Scottish Leaving Certificate Examination, 1960
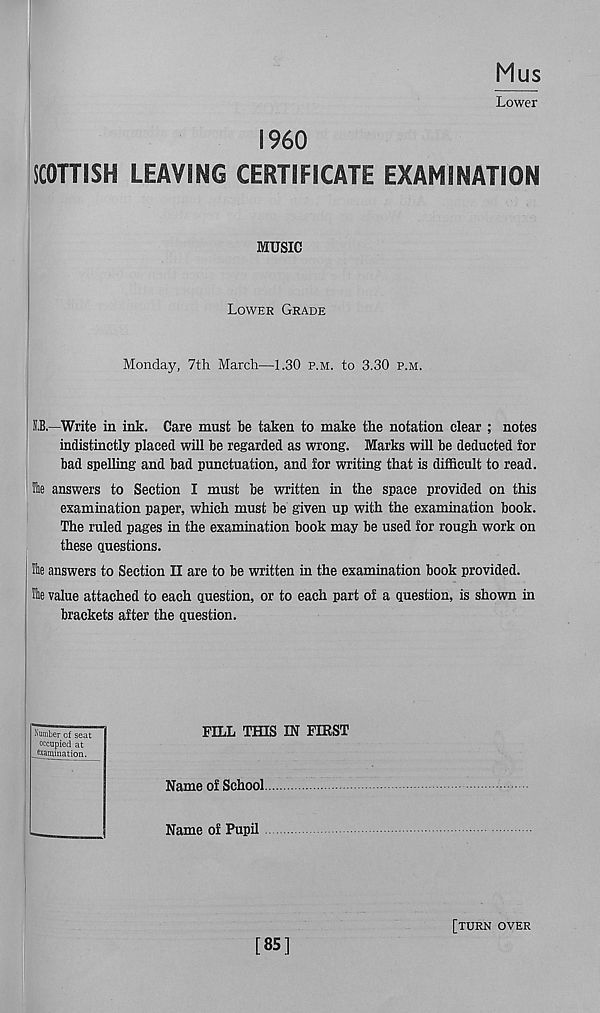
Mus
Lower
i960
SCOTTISH LEAVING CERTIFICATE EXAMINATION
MUSIC
Lower Grade
Monday, 7th March—1.30 p.m. to 3.30 p.m.
S.B.—Write in ink. Care must be taken to make the notation clear ; notes
indistinctly placed will be regarded as wrong. Marks will be deducted for
bad spelling and bad punctuation, and for writing that is difficult to read.
Ilie answers to Section I must be written in the space provided on this
examination paper, which must be given up with the examination book.
The ruled pages in the examination book may be used for rough work on
these questions.
Ihe answers to Section II are to be written in the examination book provided.
Ihe value attached to each question, or to each part of a question, is shown in
brackets after the question.
FILL THIS IN FIRST
Name of School
Name of Pupil
I
Number cf seat
| occupied at
examination.
[85]
[turn over